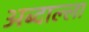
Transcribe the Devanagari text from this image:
अब्दाल्ला